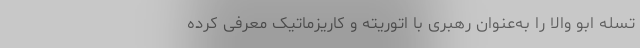
تسله ابو والا را به‌عنوان رهبری با اتوریته و کاریزماتیک معرفی کرده